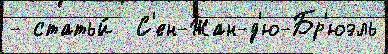
- статьи́  С'ен-Жан-д'ю-Бр'юэль